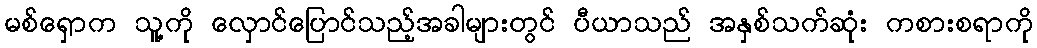
မစ်ရှောက သူ့ကို လှောင်ပြောင်သည့်အခါများတွင် ပီယာသည် အနှစ်သက်ဆုံး ကစားစရာကို